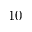
1 0